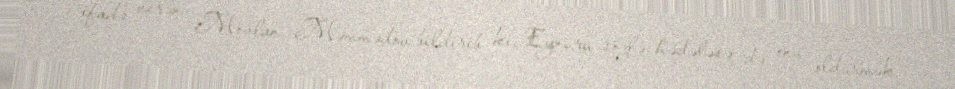
ifadə verən Mövlan Məmmədov bildirib ki, Eynuru sözlə hədələsə də, onu öldürmək